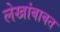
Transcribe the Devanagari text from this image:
लेखांबाबत